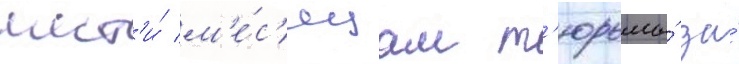
шест'и́ м'е́с'яцам т'юрьмы́ за́